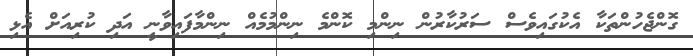
ގޮންޖެހުންތަކާ އެކުގައިވެސް ސަރުކާރުން ނިންމި ކޮންމެ ނިންމުމެއް ނިންމާފައިވާނީ އަދި ކުރިއަށް އެޅި